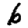
Digit: 6